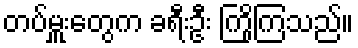
တပ်မှူးတွေက ခရီးဦး ကြိုကြသည်။